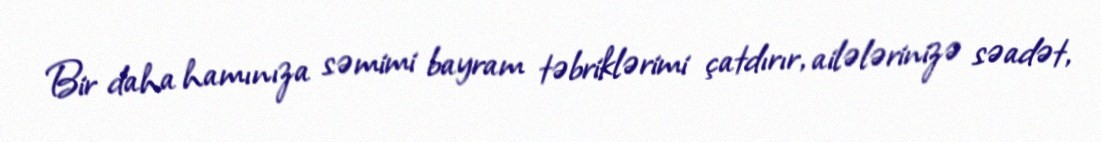
Bir daha hamınıza səmimi bayram təbriklərimi çatdırır, ailələrinizə səadət,